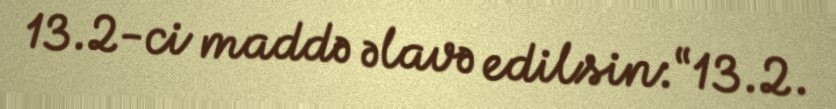
13.2-ci maddə əlavə edilsin:“13.2.